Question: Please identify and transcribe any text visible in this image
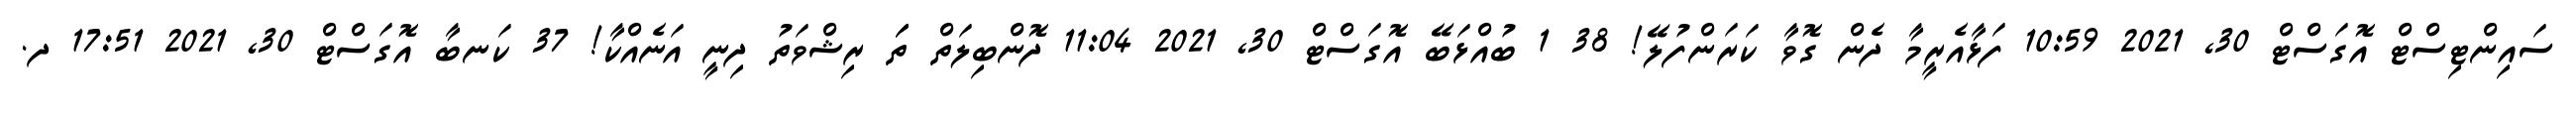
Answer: ސައިންޓިސްޓް އޮގަސްޓް 30, 2021 10:59 ފަޅާއެރީމާ ދެން ގޮވާ ކަރަންފުލޭ! 38 1 ބުއްޅަބޭ އޮގަސްޓް 30, 2021 11:04 ދޮންބިލަތް ތަަ ރިޝްވަތު ދިނީ އަނެއްކާ! 37 ކަނބާ އޮގަސްޓް 30, 2021 17:51 ދ.